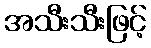
အသီးသီးဖြင့်